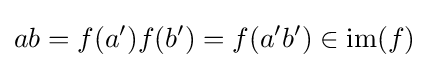
ab=f(a')f(b')=f(a'b')\in {\text{im}}(f)